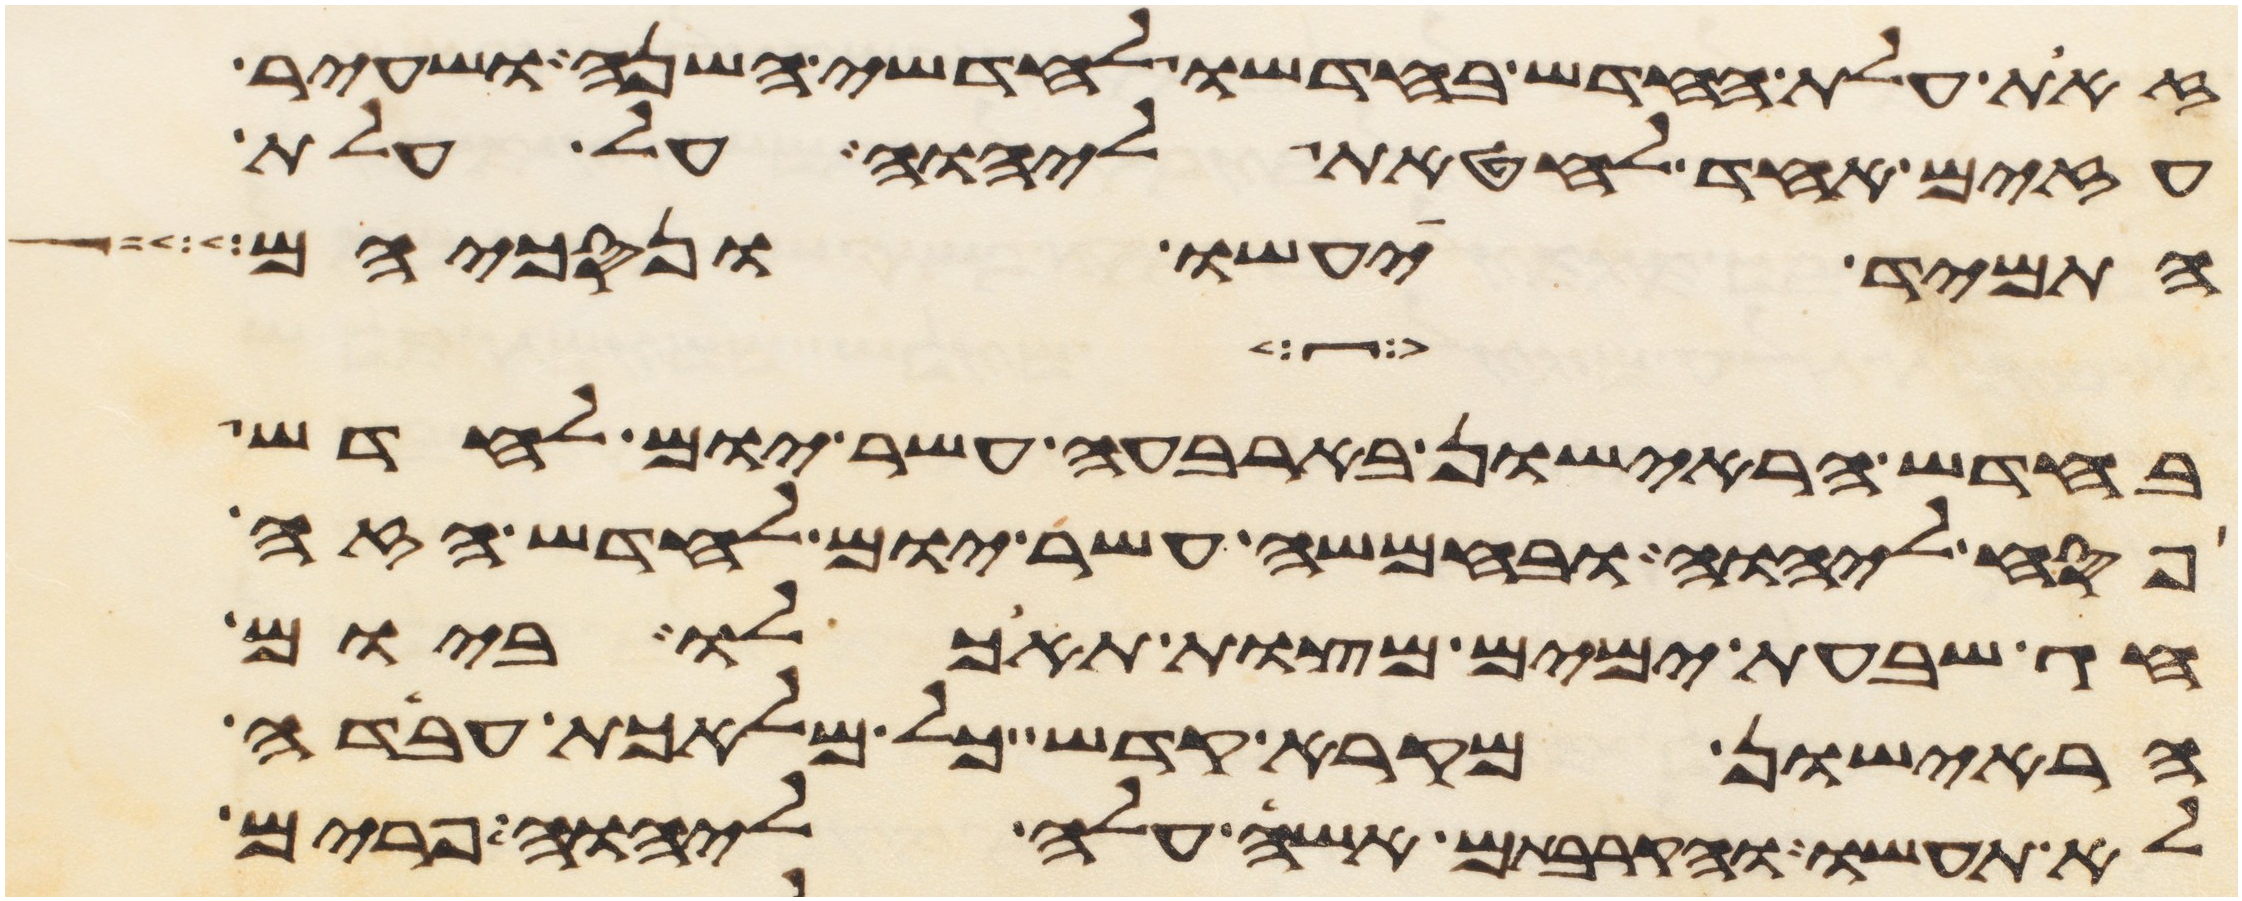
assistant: זאת עלת החדש בחדשו לחדשי השנה ושעיר
עזים אחד לחטאת ליהוה על עלת
התמיד יעשו ונסכיהם
בחדש הראישון בארבעה עשר יום לחדש
פסח ליהוה ובחמשה עשר יום לחדש הזה
חג שבעת ימים מצות תאכלו ביום
הראישון מקרא קדש כל מלאכת עבדה
לא תעשו והקרבתם אשה עלה ליהוה פרים